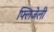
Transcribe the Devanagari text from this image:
फ्लिजेली